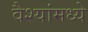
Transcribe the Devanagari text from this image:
वैश्यांमध्ये